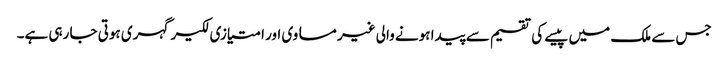
جس سے ملک میں پیسے کی تقسیم سے پیدا ہونے والی غیر مساوی اور امتیازی لکیر گہری ہوتی جا رہی ہے۔